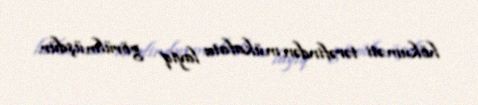
hökuməti tərəfindən mükafata layiq görülmüşdür.